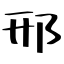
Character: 邢